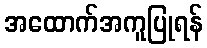
အထောက်အကူပြုရန်